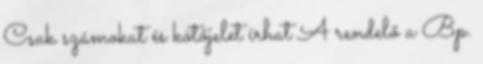
Csak számokat és kötőjelet írhat A rendelő a Bp.